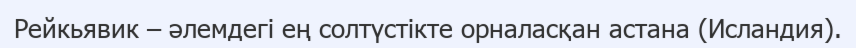
Рейкьявик – әлемдегі ең солтүстікте орналасқан астана (Исландия).